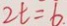
2 t = 6